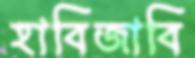
হাবিজাবি